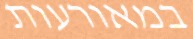
במאורעות